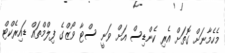
މެހެމާނަށް ގޮތަށް އެރި ކެންޑިސް އަށް ވަނީ ސްޓާ ވޯޒްގެ ފިލްމްތައް ޑައިރެކްޓް